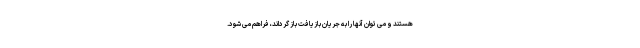
هستند و می توان آنها را به جریان بازیافت باز گرداند، فراهم می شود.